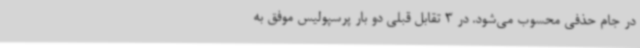
در جام حذفی محسوب می‌شود. در 3 تقابل قبلی دو بار پرسپولیس موفق به